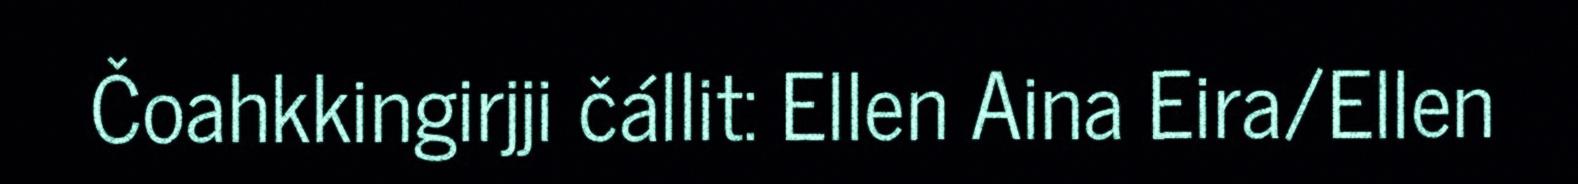
Čoahkkingirjji čállit: Ellen Aina Eira/Ellen